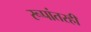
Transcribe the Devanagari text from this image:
रूपांतरही